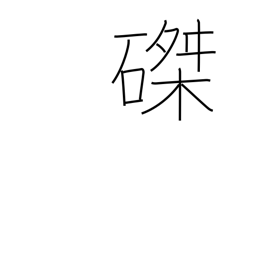
Meaning: crucifixion